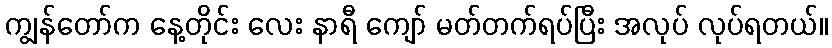
ကျွန်တော်က နေ့တိုင်း လေး နာရီ ကျော် မတ်တက်ရပ်ပြီး အလုပ် လုပ်ရတယ်။